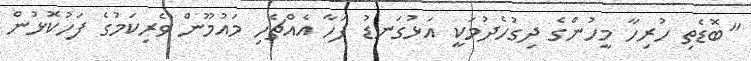
"ބޮޑެތި ހުރިހާ މީހުންގެ ދިގުހެދުމަކީ އަޅުގަނޑު ފަހާ އެއްޗެހި މައުމޫން ވެރިކަމުގެ ފަހުކޮޅުން